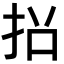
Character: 𭠡